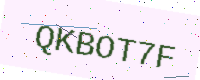
Text: QKBOT7F